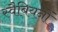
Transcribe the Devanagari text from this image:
स्वैबियनों